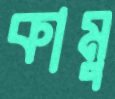
কামু